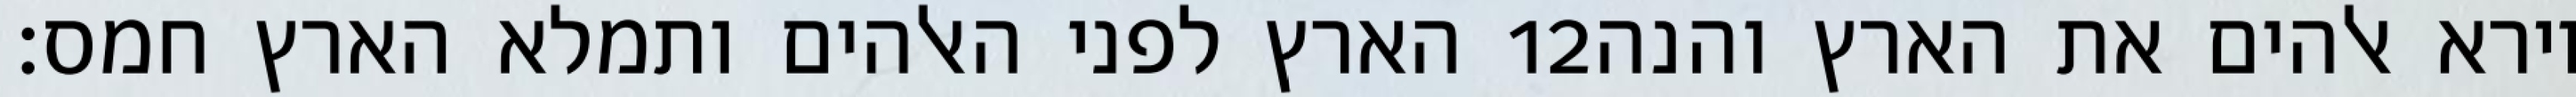
הארץ לפני האלהים ותמלא הארץ חמס׃ ‎12‏ וירא אלהים את הארץ והנה